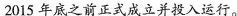
2015年底之前正式成立并投入运行。